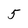
Character: 5